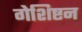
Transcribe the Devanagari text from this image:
गेशिष्टन